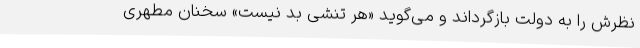
نظرش را به دولت بازگرداند و می‌گوید «هر تنشی بد نیست» سخنان مطهری